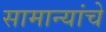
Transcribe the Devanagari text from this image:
सामान्यांचे